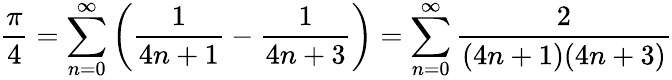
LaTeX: {\frac{\pi}{4}}=\sum_{n=0}^{\infty}\left({\frac{1}{4n+1}}-{\frac{1}{4n+3}}\right)=\sum_{n=0}^{\infty}{\frac{2}{(4n+1)(4n+3)}}